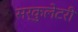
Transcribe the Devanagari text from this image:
सर्कुलेटरी